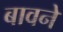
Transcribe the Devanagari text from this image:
बावने